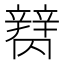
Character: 𰺪